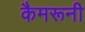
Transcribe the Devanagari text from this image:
कैमरूनी